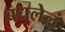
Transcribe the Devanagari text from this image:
बधलेलं